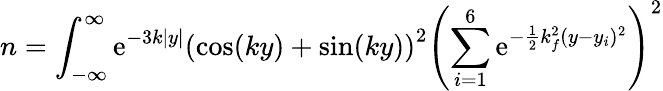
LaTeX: n=\int_{-\infty}^{\infty}\mathrm{e}^{-3k|y|}\left(\cos(ky)+\sin(ky)\right)^{2}\left(\sum_{i=1}^{6}\mathrm{e}^{-\frac{{1}}{{2}}k_{f}^{2}(y-y_{i})^{2}}\right)^{2}